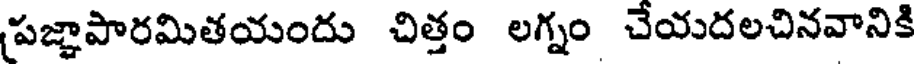
పజ్ఞాపారమితయందు చిత్తం లగ్నం చేయదలచినవానికి